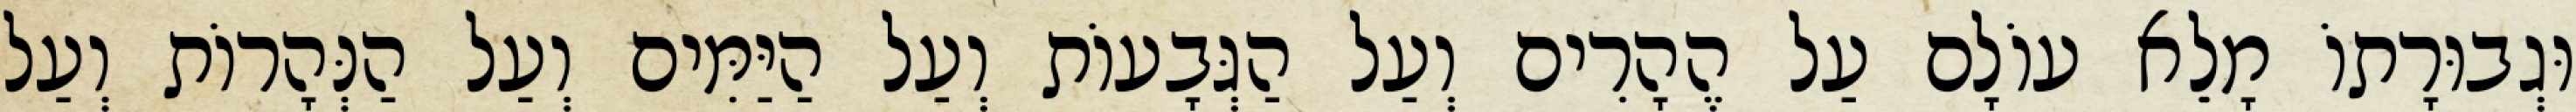
וּגְבוּרָתוֹ מָלֵא עוֹלָם עַל הֶהָרִים וְעַל הַגְּבָעוֹת וְעַל הַיַּמִּים וְעַל הַנְּהָרוֹת וְעַל